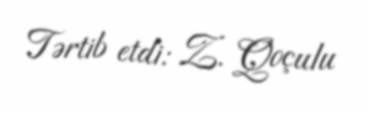
Tərtib etdi: Z. Qoçulu